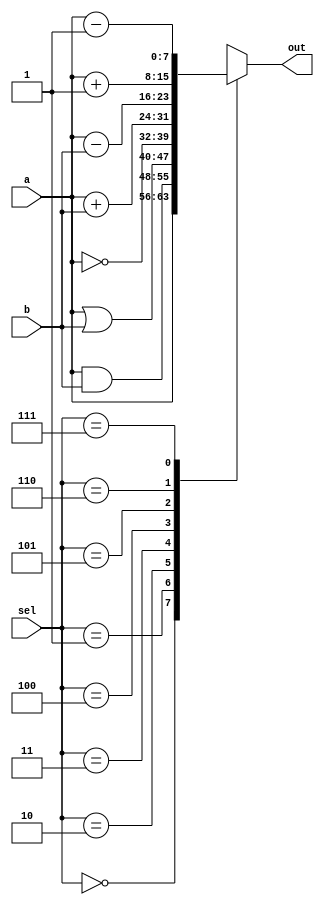
module alu (a,b, sel, out);
	 input [7:0] a,b; //A is acumulator B is Register
	 input [2:0] sel; 
	 output reg [7:0] out;
  
  initial
	  begin
	     out = 0;
	  end
  always @ (*) 
  begin 
	case(sel) 
		3'b000: 
		begin
			out = a; 
		end       
		3'b001: 
		begin
			out = a & b; 
		end                   
		3'b010:
		begin
			out= a | b; 
		end		
		3'b011: 
		begin
			out = ~a;  
		end              
		3'b100: 
		begin
			out = a+b;  
		end   
		3'b101: 
		begin
			out = a-b;  
		end           
		3'b110: 
		begin
			out = a+1;  
		end        	
		3'b111: 
		begin
			out = a-1;
		end 
	endcase
  end
endmodule